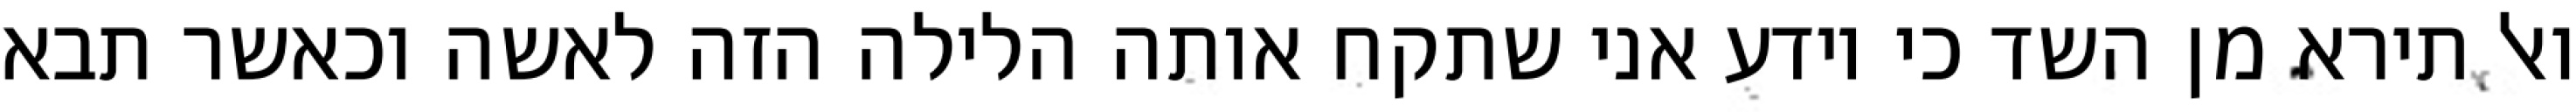
ואל תירא מן השד כי יודע אני שתקח אותה הלילה הזה לאשה וכאשר תבא